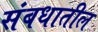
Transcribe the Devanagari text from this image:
संबधातील